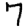
Digit: 7